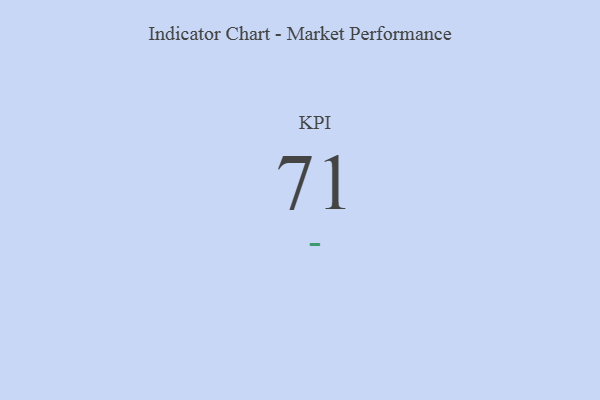
{"axis": {"x": "KPI", "y": "Value"}, "legend": [""], "data": [{"x": "KPI", "y": 71, "type": ""}]}